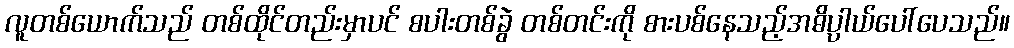
လူတစ်ယောက်သည် တစ်ထိုင်တည်းမှာပင် စပါးတစ်ခွဲ တစ်တင်းကို စားပစ်နေသည့်အဓိပ္ပါယ်ပေါ်ပေသည်။